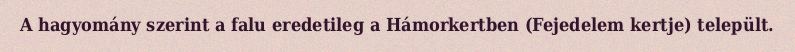
A hagyomány szerint a falu eredetileg a Hámorkertben (Fejedelem kertje) települt.